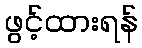
ဖွင့်ထားရန်